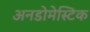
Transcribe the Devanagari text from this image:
अनडोमेस्टिक